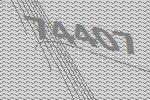
74407